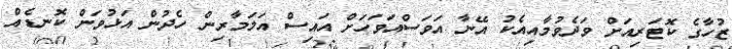
ޒުހާގެ ކޮޓަރިއަށް ވަދެވުމާއިއެކު އޭނާ އަވަސްއަވަހަށް އައިސް އަލަމާރިން ހެދުން އަޅުވަން ކޮނޑެއް